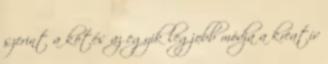
szerint a kötés az egyik legjobb módja a kreatív